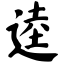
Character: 逵